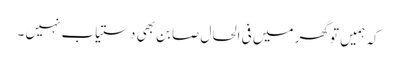
کہ ہمیں تو گھر میں فی الحال صابن بھی دستیاب نہیں ۔